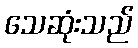
သေဆုံးသည်